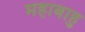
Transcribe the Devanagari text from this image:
महाबाहु